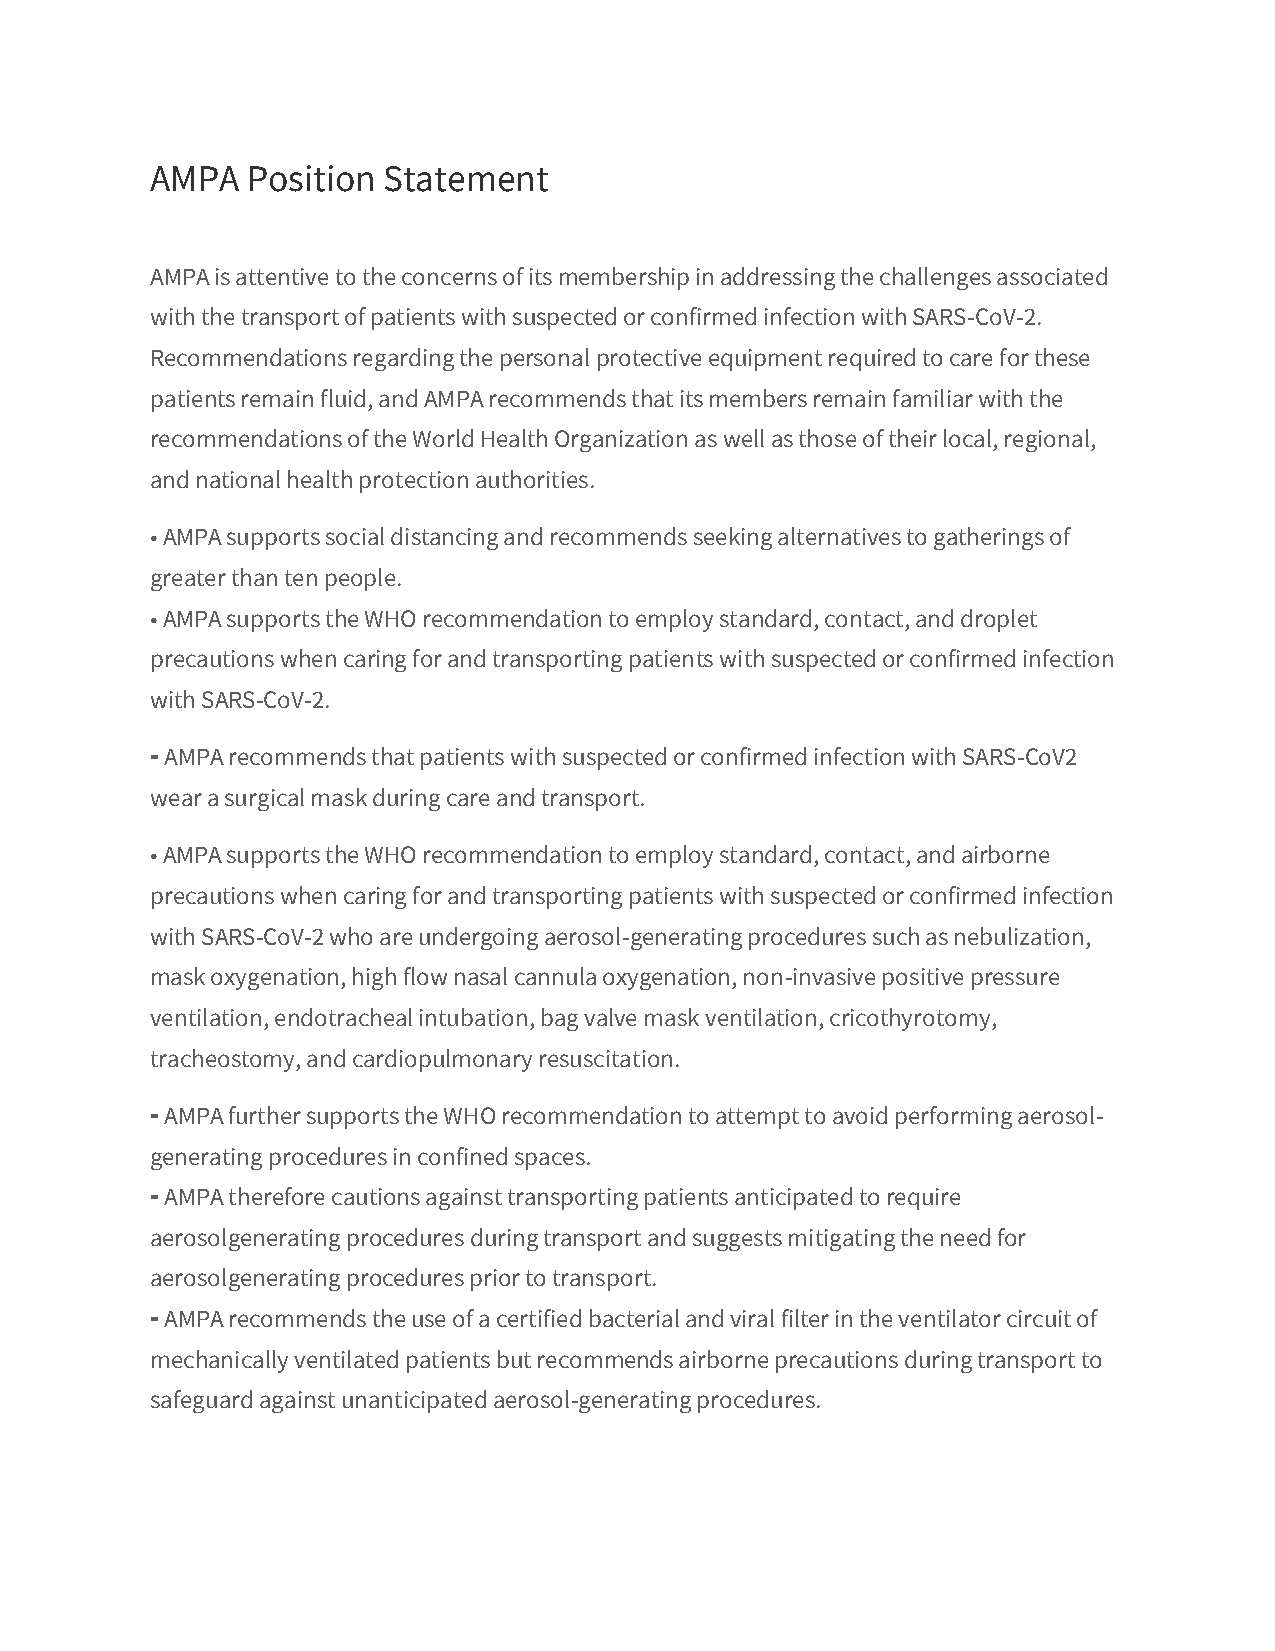
AMPA  Position Statement
 AMPA is attentive to the concerns of its membership in addressing the challenges associated
 with the transport of patients with suspected or confirmed infection with SARS-CoV-2.
 Recommendations regarding the personal protective equipment required to care for these
 patients remain fluid, and AMPA recommends that its members remain familiar with the
 recommendations of the World Health Organization as well as those of their local, regional,
 and national health protection authorities.
 • AMPA supports social distancing and recommends seeking alternatives to gatherings of
 greater than ten people.
 • AMPA supports the WHO recommendation to employ standard, contact, and droplet
 precautions when caring for and transporting patients with suspected or confirmed infection
 with SARS-CoV-2.
 ⁃ AMPA recommends that patients with suspected or confirmed infection with SARS-CoV2
 wear a surgical mask during care and transport.
 • AMPA supports the WHO recommendation to employ standard, contact, and airborne
 precautions when caring for and transporting patients with suspected or confirmed infection
 with SARS-CoV-2 who are undergoing aerosol-generating procedures such as nebulization,
 mask oxygenation, high flow nasal cannula oxygenation, non-invasive positive pressure
 ventilation, endotracheal intubation, bag valve mask ventilation, cricothyrotomy,
 tracheostomy, and cardiopulmonary resuscitation.
 ⁃ AMPA further supports the WHO recommendation to attempt to avoid performing aerosol-
 generating procedures in confined spaces.
 ⁃ AMPA therefore cautions against transporting patients anticipated to require
 aerosolgenerating procedures during transport and suggests mitigating the need for
 aerosolgenerating procedures prior to transport.
 ⁃ AMPA recommends the use of a certified bacterial and viral filter in the ventilator circuit of
 mechanically ventilated patients but recommends airborne precautions during transport to
 safeguard against unanticipated aerosol-generating procedures.